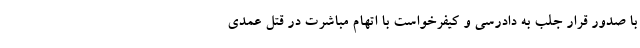
با صدور قرار جلب به دادرسی و کیفرخواست با اتهام مباشرت در قتل عمدی